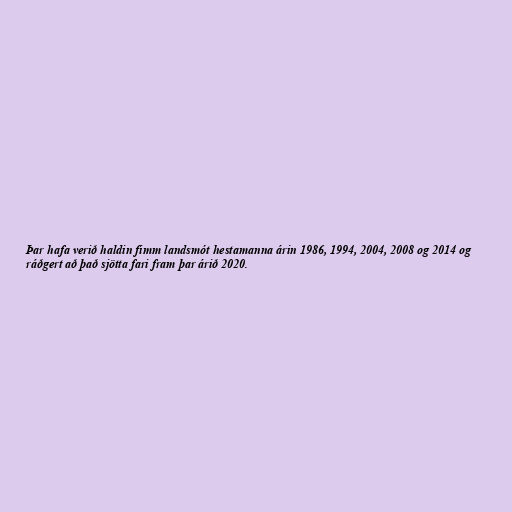
Þar hafa verið haldin fimm landsmót hestamanna árin 1986, 1994, 2004, 2008 og 2014 og
ráðgert að það sjötta fari fram þar árið 2020.